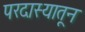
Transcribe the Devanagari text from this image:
परदास्यातून